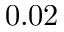
0 . 0 2